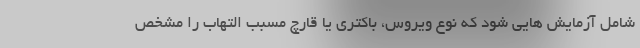
شامل آزمایش هایی شود که نوع ویروس، باکتری یا قارچ مسبب التهاب را مشخص